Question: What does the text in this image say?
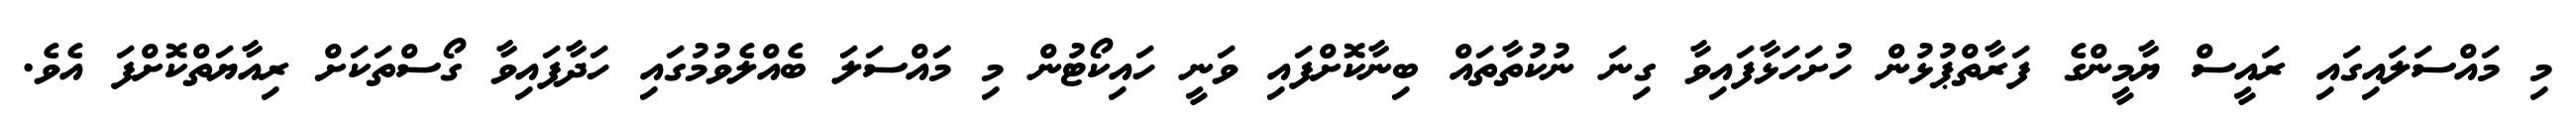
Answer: މި މައްސަލައިގައި ރައީސް ޔާމީންގެ ފަރާތްޕުޅުން ހުށަހަޅާފައިވާ ގިނަ ނުކުތާތައް ބިނާކޮށްފައި ވަނީ ހައިކޯޓުން މި މަައްސަލަ ބެއްލެވުމުގައި ހަދާފައިވާ ގޯސްތަކަށް ރިއާޔަތްކޮށްފަ އެވެ.